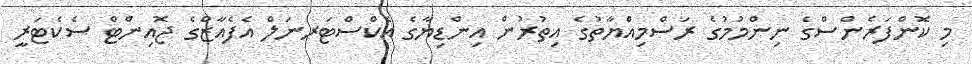
މި ކޮންފަރެންސްގެ ނިންމުމުގެ ރަސްމިއްޔާތުގެ އިތުރުން އިންޑިޔާގެ އެކްސްޓަރނަލް އެފެއާޒްގެ ޖޮއިންޓް ސެކެޓަރީ